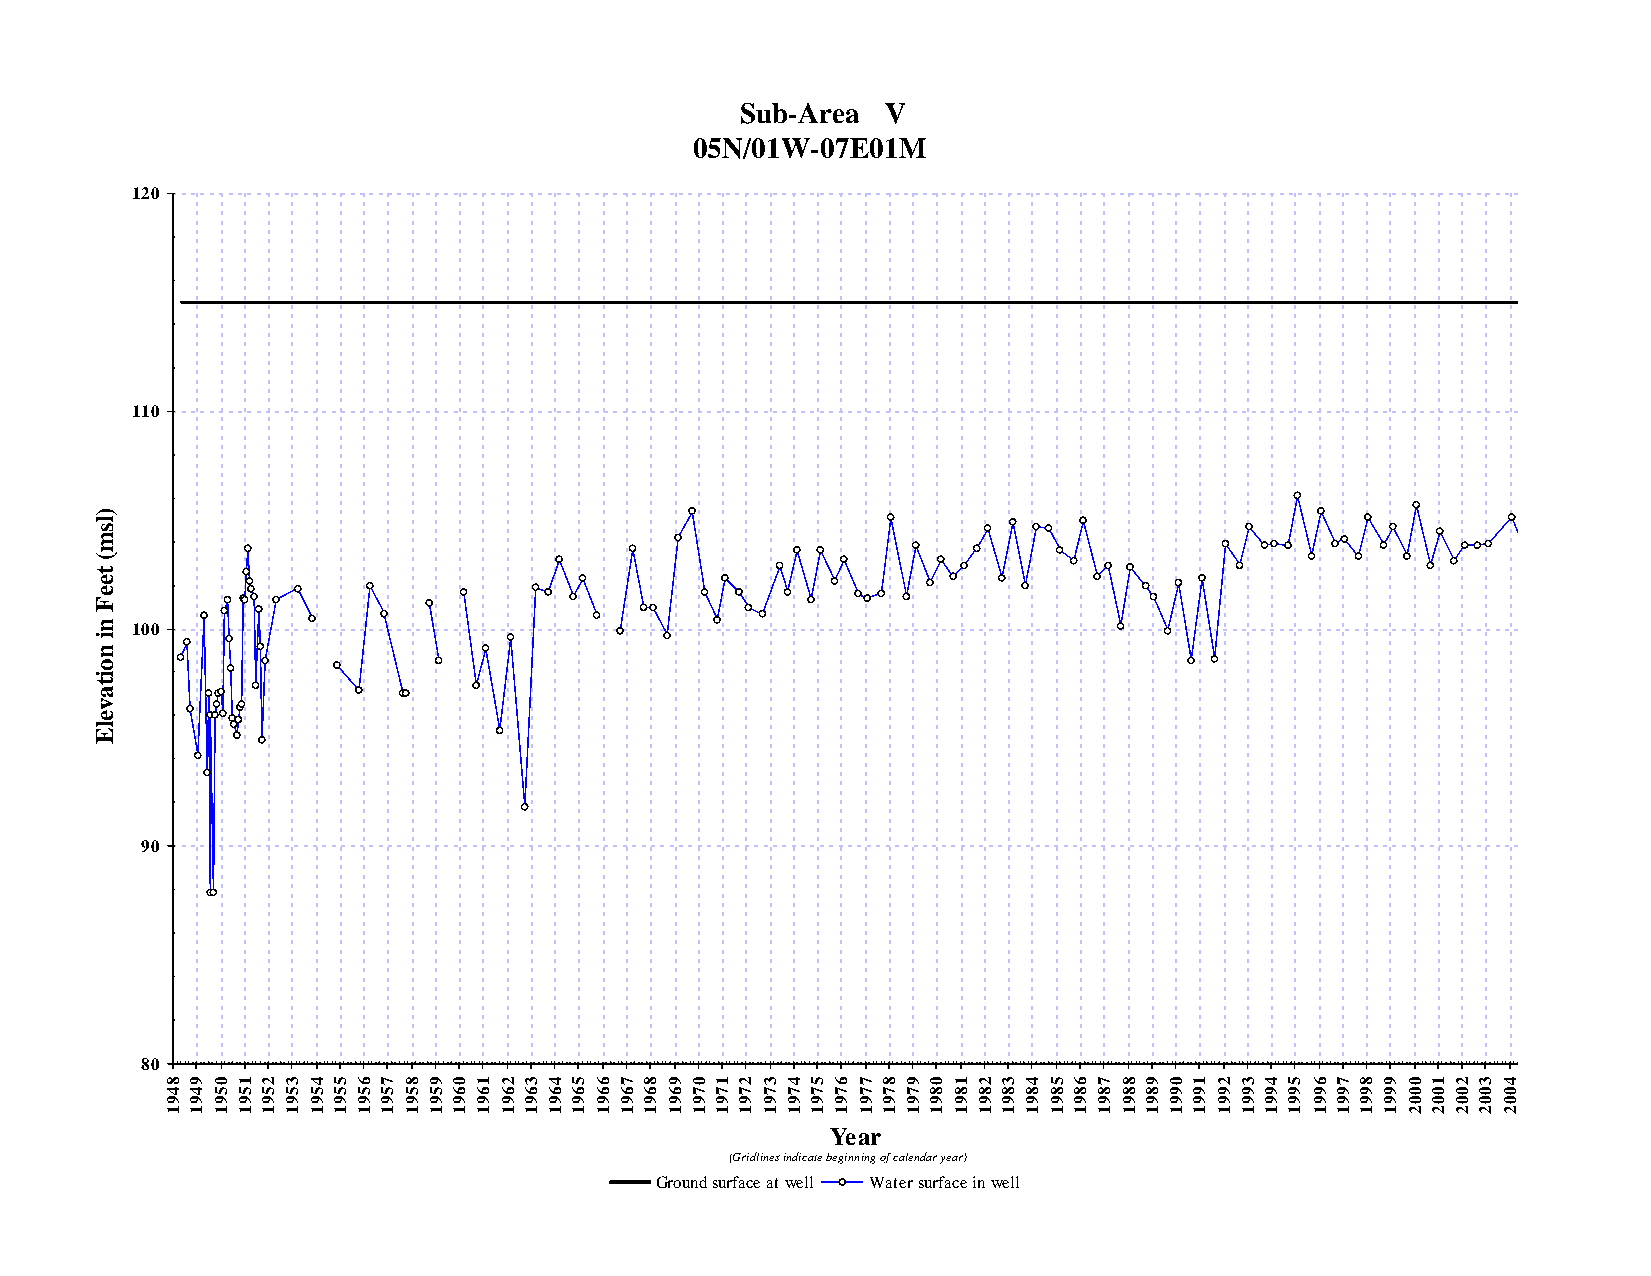
Sub-Area  V
 05N/01W-07E01M
 120
 110
 )
 l
 s
 m
 (
 t
 e
 e
 F
 n  100
 i
 n
 o
 i
 t
 a
 v
 e
 l
 E
 90
 80
 8 9 0 1 2 3 4 5 6 7 8 9 0 1 2 3 4 5 6 7 8 9 0 1 2 3 4 5 6 7 8 9 0 1 2 3 4 5 6 7 8 9 0 1 2 3 4 5 6 7 8 9 0 1 2 3 4 5
 4 4 5 5 5 5 5 5 5 5 5 5 6 6 6 6 6 6 6 6 6 6 7 7 7 7 7 7 7 7 7 7 8 8 8 8 8 8 8 8 8 8 9 9 9 9 9 9 9 9 9 9 0 0 0 0 0 0
 9 9 9 9 9 9 9 9 9 9 9 9 9 9 9 9 9 9 9 9 9 9 9 9 9 9 9 9 9 9 9 9 9 9 9 9 9 9 9 9 9 9 9 9 9 9 9 9 9 9 9 9 0 0 0 0 0 0
 1 1 1 1 1 1 1 1 1 1 1 1 1 1 1 1 1 1 1 1 1 1 1 1 1 1 1 1 1 1 1 1 1 1 1 1 1 1 1 1 1 1 1 1 1 1 1 1 1 1 1 1 2 2 2 2 2 2
 Year
 (Gridlines indicate beginning of calendar year)
 Ground surface at well Water surface in well